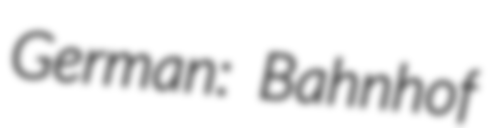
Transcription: German: Bahnhof